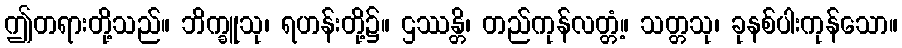
ဤတရားတို့သည်။ ဘိက္ခူသု၊ ရဟန်းတို့၌။ ဌဿန္တိ၊ တည်ကုန်လတ္တံ့။ သတ္တသု၊ ခုနစ်ပါးကုန်သော။